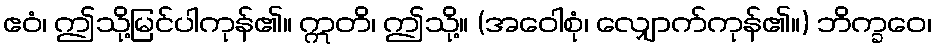
ဧဝံ၊ ဤသို့မြင်ပါကုန်၏။ ဣတိ၊ ဤသို့။ (အဝေါစုံ၊ လျှောက်ကုန်၏။) ဘိက္ခဝေ၊